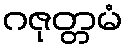
ဂဇုတ္တမံ